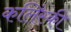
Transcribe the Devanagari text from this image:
कलिंस्की